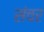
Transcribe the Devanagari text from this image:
संचर